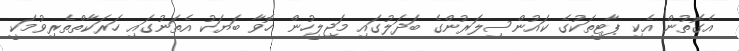
އެގޮތުން އެކި ޕާޓީތަކުގެ ކައުންސިލަރުންގެ ބަދަލުގައި މަޖިލީހުން ހޮވާ ބަޔަކު އެތަނުގައި ހަރަކާތްތެރިވުމަކީ